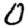
Digit: 0